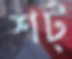
শট্